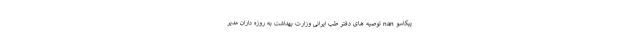
پیکاسو nan توصیه های دفتر طب ایرانی وزارت بهداشت به روزه ‌داران مدیر